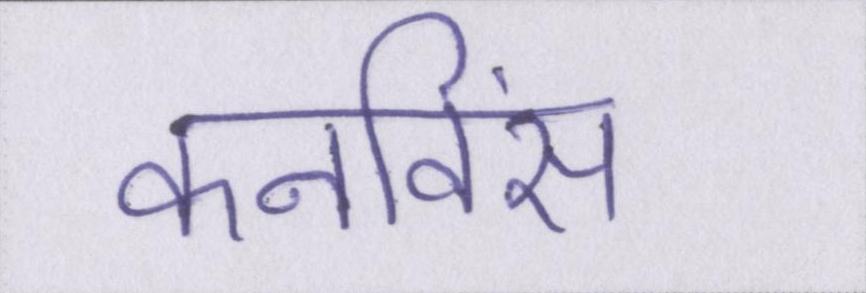
कनविंस